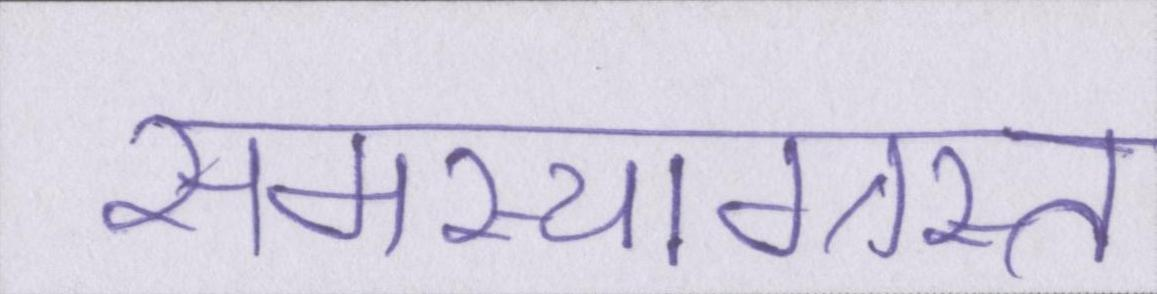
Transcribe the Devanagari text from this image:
समस्याग्रस्त